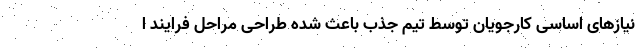
نیازهای اساسی کارجویان توسط تیم جذب باعث شده طراحی مراحل فرایند ا